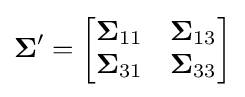
{\boldsymbol {\Sigma }}'={\begin{bmatrix}{\boldsymbol {\Sigma }}_{11}&{\boldsymbol {\Sigma }}_{13}\\{\boldsymbol {\Sigma }}_{31}&{\boldsymbol {\Sigma }}_{33}\end{bmatrix}}